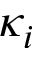
\kappa _ { i }